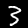
Digit: 3